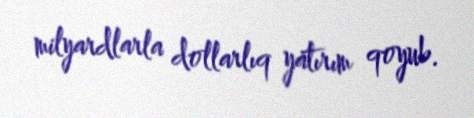
milyardlarla dollarlıq yatırım qoyub.